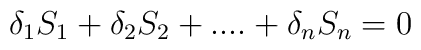
\delta _{1}S_{1}+\delta _{2}S_{2}+....+\delta _{n}S_{n}=0